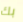
بك